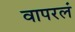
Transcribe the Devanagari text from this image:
वापरलं